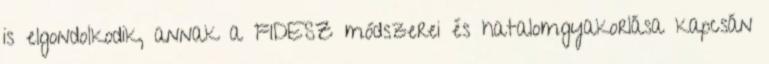
is elgondolkodik, annak a FIDESZ módszerei és hatalomgyakorlása kapcsán